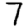
Digit: 7